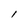
Character: l